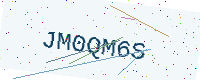
Text: JM0QM6S